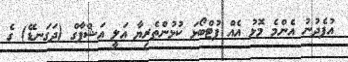
އުފެދުނު އެންމެ މޮޅު އެއް ފުޓްބޯޅަ ކުޅުންތެރިޔާ އަލީ އަޝްފާގް (ދަގަނޑޭ) ގެ